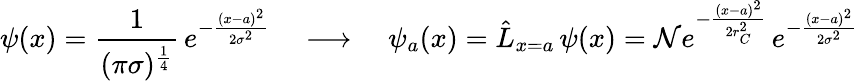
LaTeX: \psi(x)={\frac{1}{(\pi\sigma)^{\frac{1}{4}}}}\, e^{-{\frac{(x-a)^{2}}{2\sigma^{2}}}}\quad\longrightarrow\quad\psi_{a}(x)={\hat{L}}_{x=a}\, \psi(x)={\cal{N}}e^{-{\frac{(x-a)^{2}}{2r_{C}^{2}}}}\, e^{-{\frac{(x-a)^{2}}{2\sigma^{2}}}}